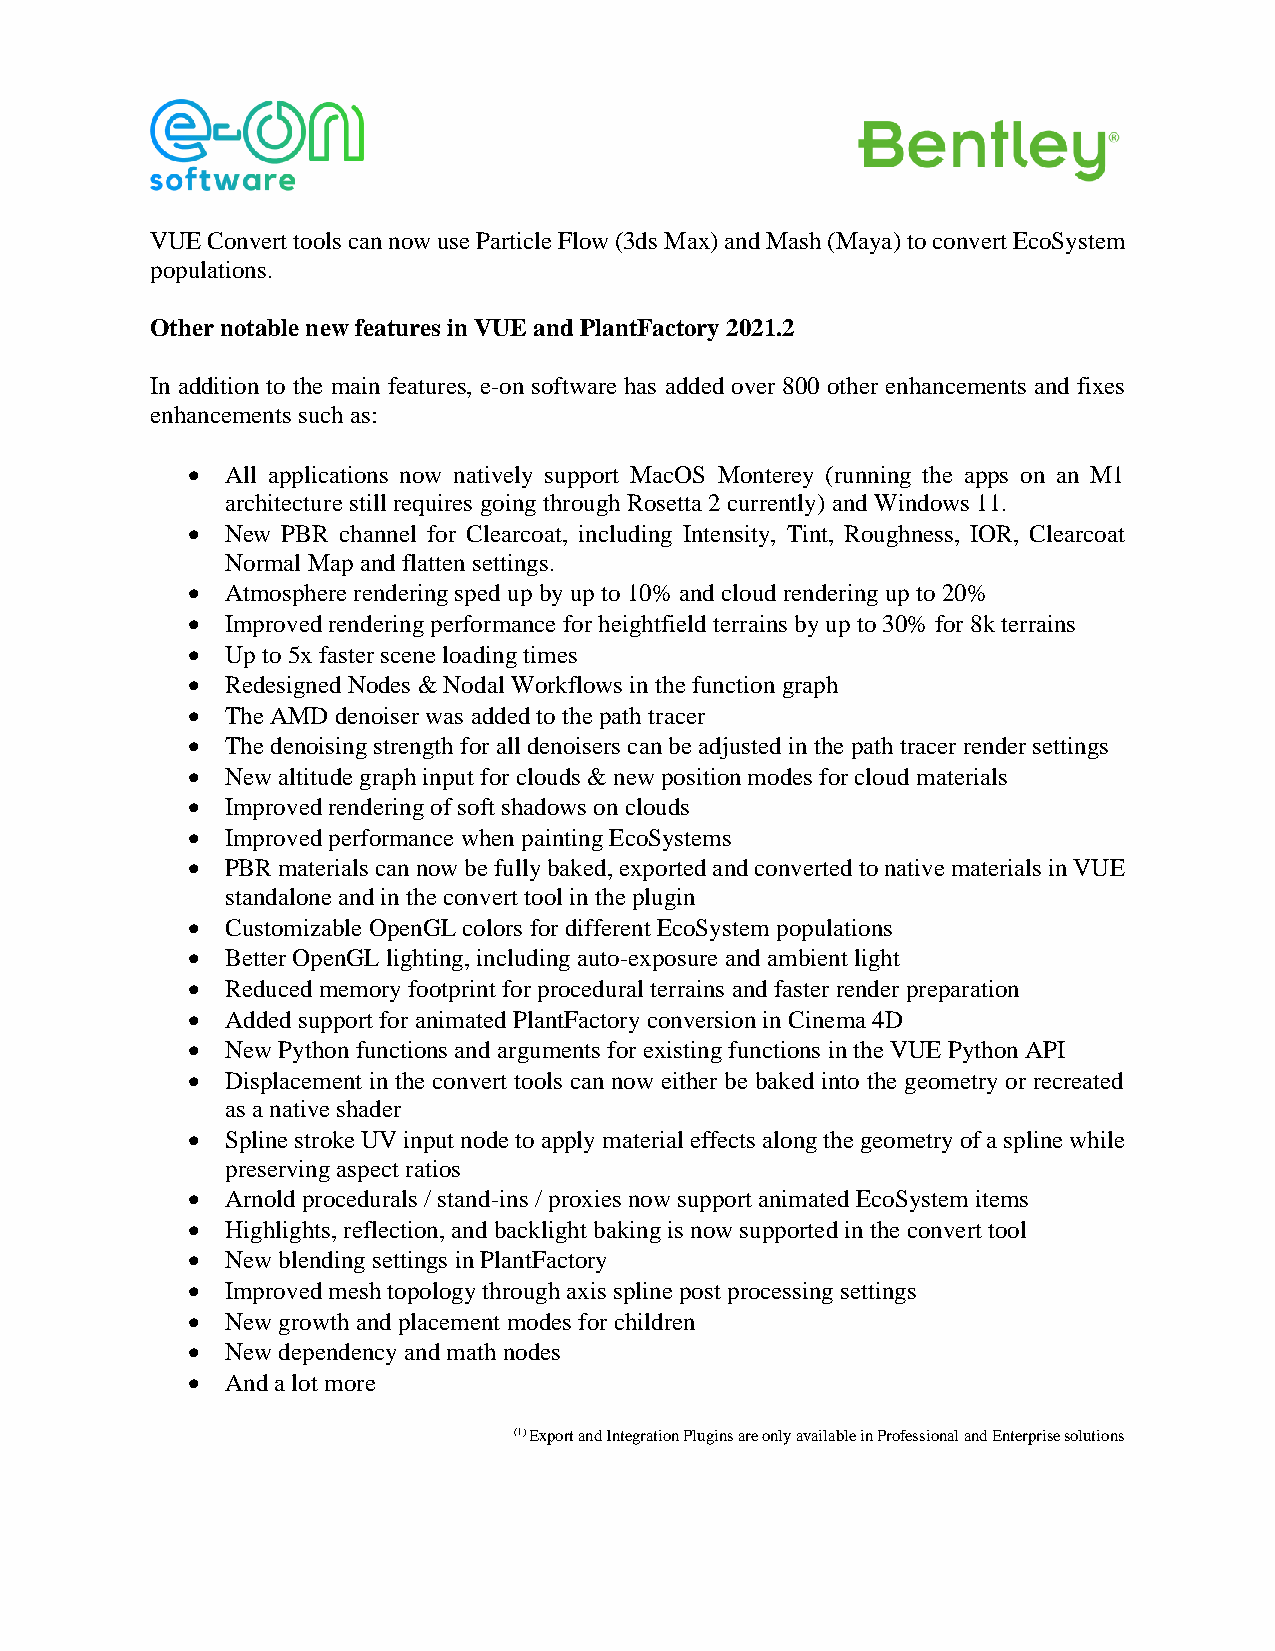
VUE Convert tools can now use Particle Flow (3ds Max) and Mash (Maya) to convert EcoSystem
 populations.
 Other notable new features in VUE and PlantFactory 2021.2
 In addition to the main features, e-on software has added over 800 other enhancements and fixes
 enhancements such as:
 •  All applications now natively support MacOS Monterey (running the apps on an M1
 architecture still requires going through Rosetta 2 currently) and Windows 11.
 •  New PBR channel for Clearcoat, including Intensity, Tint, Roughness, IOR, Clearcoat
 Normal Map and flatten settings.
 •  Atmosphere rendering sped up by up to 10% and cloud rendering up to 20%
 •  Improved rendering performance for heightfield terrains by up to 30% for 8k terrains
 •  Up to 5x faster scene loading times
 •  Redesigned Nodes & Nodal Workflows in the function graph
 •  The AMD denoiser was added to the path tracer
 •  The denoising strength for all denoisers can be adjusted in the path tracer render settings
 •  New altitude graph input for clouds & new position modes for cloud materials
 •  Improved rendering of soft shadows on clouds
 •  Improved performance when painting EcoSystems
 •  PBR materials can now be fully baked, exported and converted to native materials in VUE
 standalone and in the convert tool in the plugin
 •  Customizable OpenGL colors for different EcoSystem populations
 •  Better OpenGL lighting, including auto-exposure and ambient light
 •  Reduced memory footprint for procedural terrains and faster render preparation
 •  Added support for animated PlantFactory conversion in Cinema 4D
 •  New Python functions and arguments for existing functions in the VUE Python API
 •  Displacement in the convert tools can now either be baked into the geometry or recreated
 as a native shader
 •  Spline stroke UV input node to apply material effects along the geometry of a spline while
 preserving aspect ratios
 •  Arnold procedurals / stand-ins / proxies now support animated EcoSystem items
 •  Highlights, reflection, and backlight baking is now supported in the convert tool
 •  New blending settings in PlantFactory
 •  Improved mesh topology through axis spline post processing settings
 •  New growth and placement modes for children
 •  New dependency and math nodes
 •  And a lot more
 (1) Export and Integration Plugins are only available in Professional and Enterprise solutions